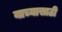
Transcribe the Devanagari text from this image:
याच्यासाठी